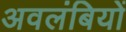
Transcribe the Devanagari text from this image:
अवलंबियों